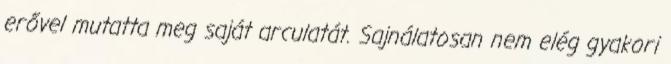
erővel mutatta meg saját arculatát. Sajnálatosan nem elég gyakori